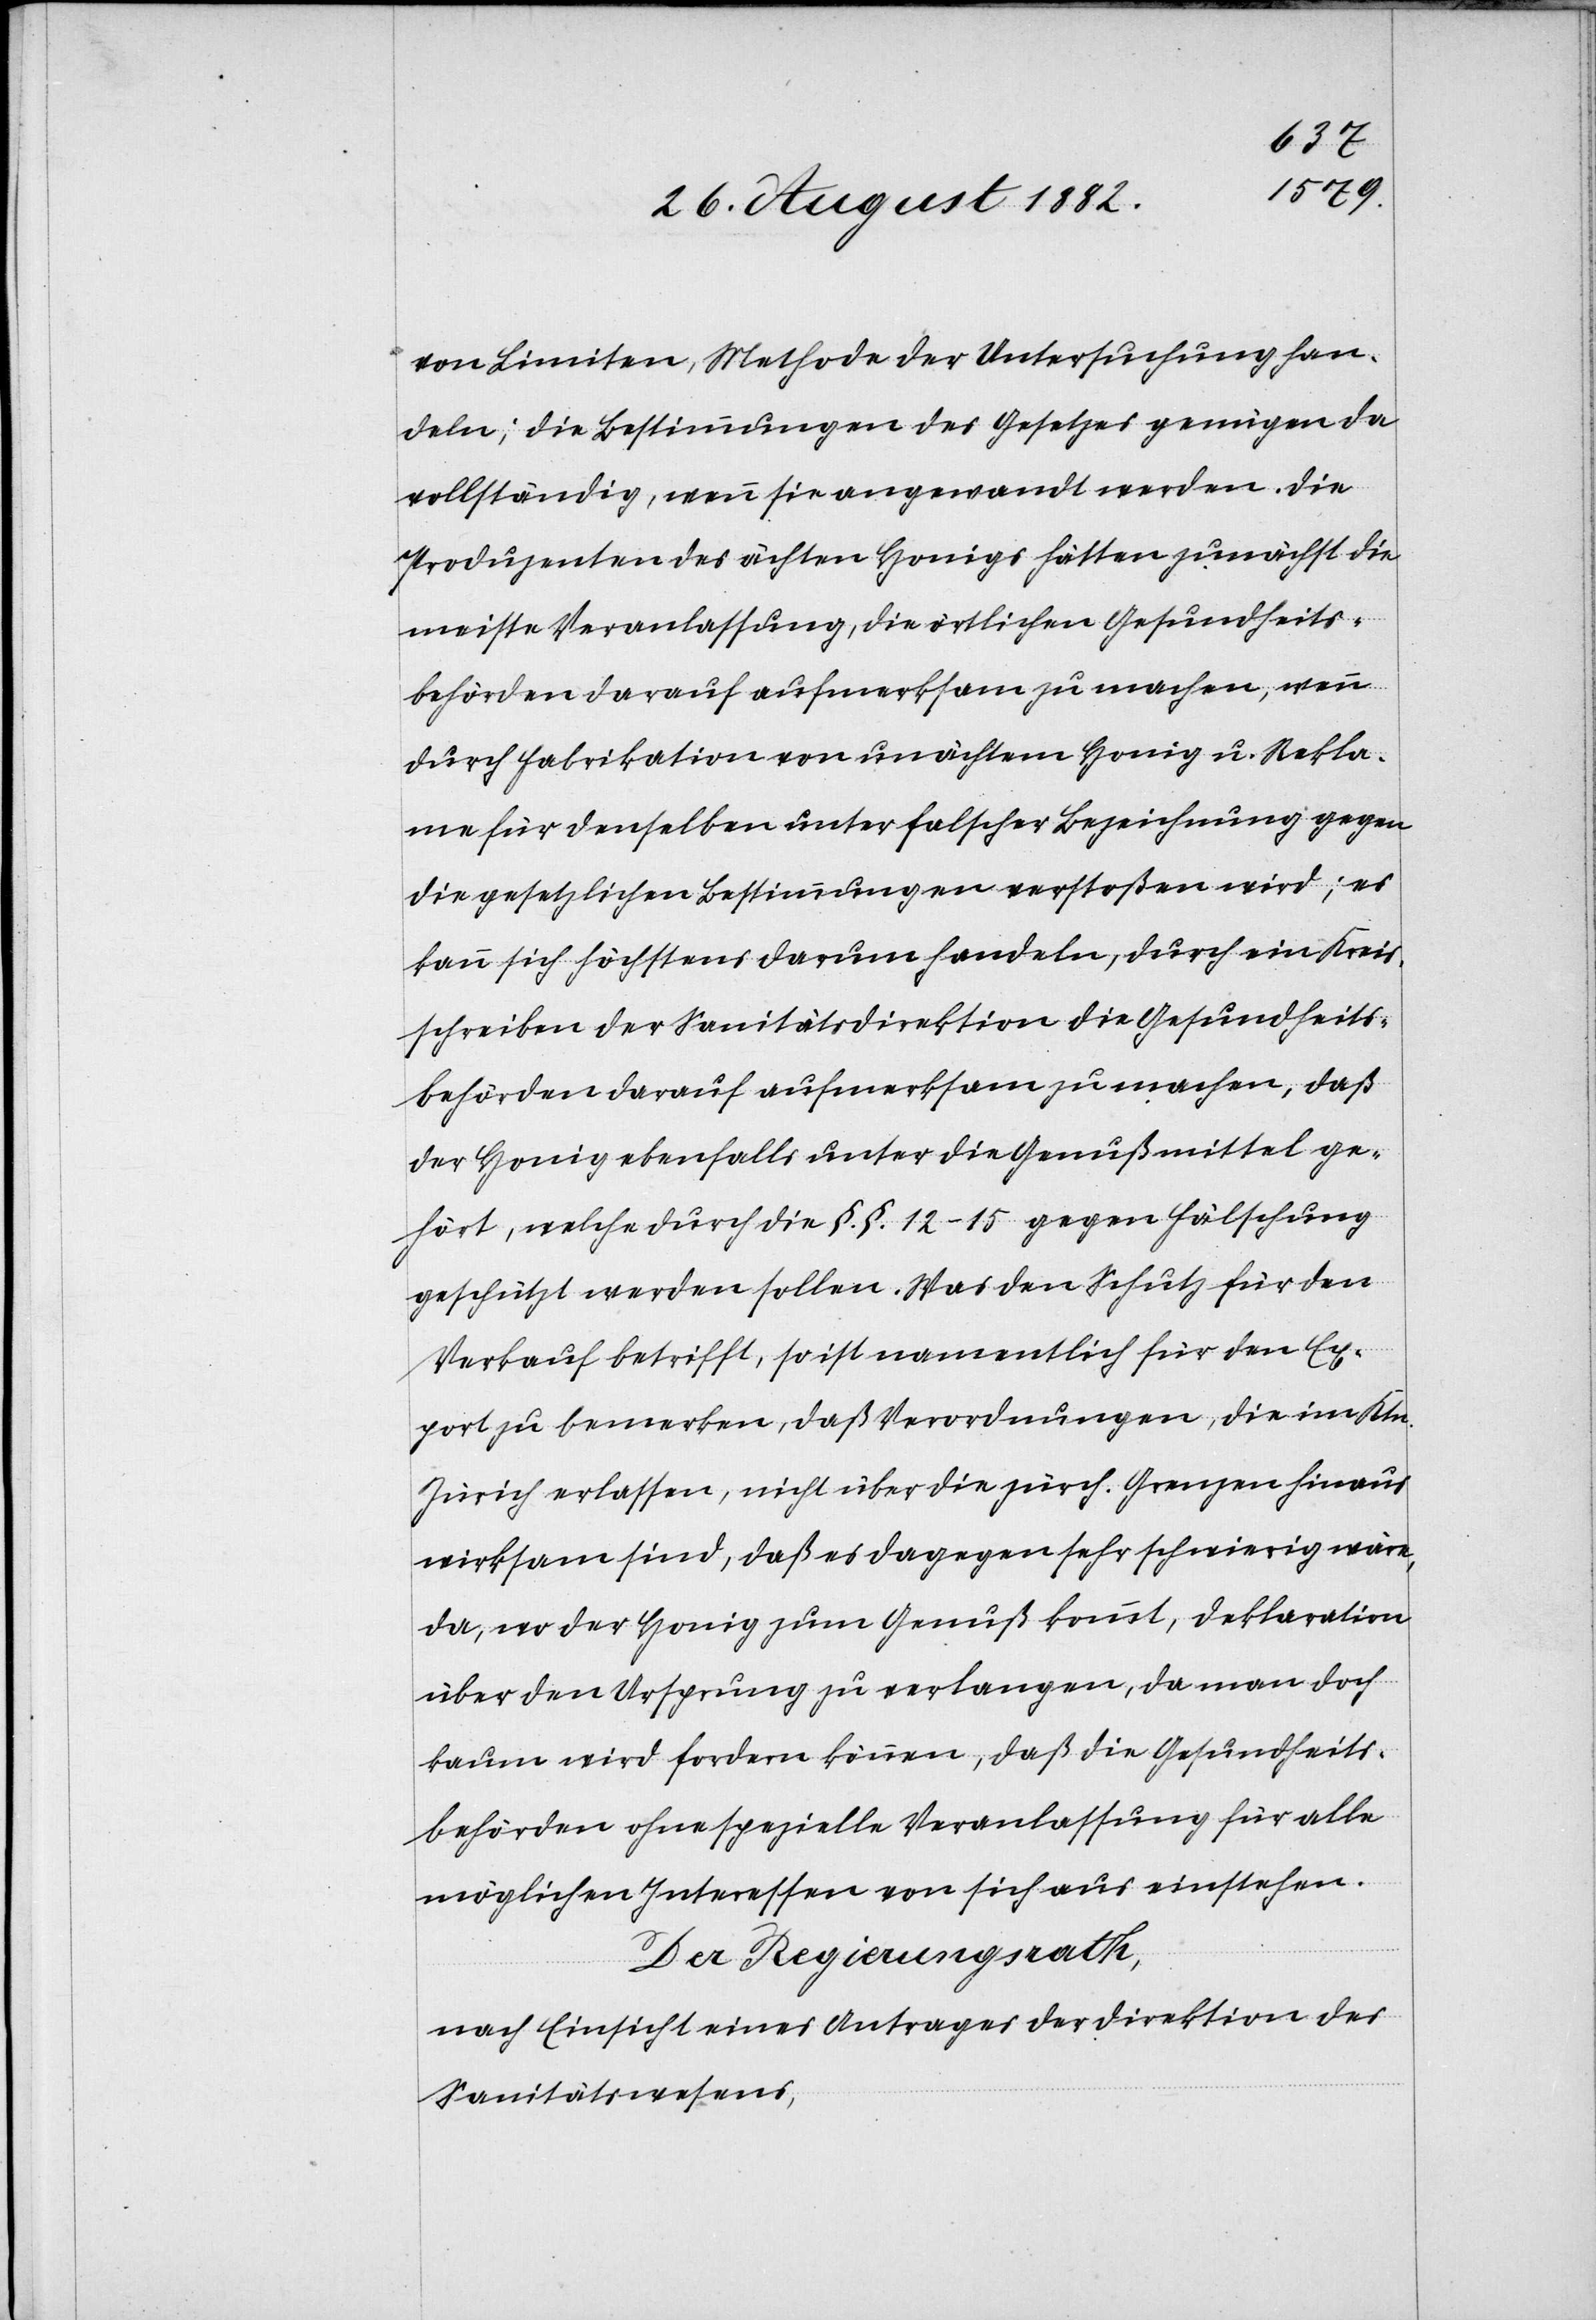
von Limiten, Methode der Untersuchung han¬
deln; die Bestimmungen des Gesetzes genügen da
vollständig, wenn sie angewendet werden. Die
Produzenten der ächten Honigs hätten zunächst die
meiste Veranlassung, die örtlichen Gesundheits¬
behörden darauf aufmerksam zu machen, wenn
durch Fabrikation von unächtem Honig u. Rekla¬
me für denselben unter falscher Bezeichnung gegen
die gesetzlichen Bestimmungen verstoßen wird; es
kann sich höchstens darum handeln, durch ein Kreis¬
schreiben der Sanitätsdirektion die Gesundheits¬
behörden darauf aufmerksam zu machen, daß
der Honig ebenfalls unter die Genußmittel ge¬
hört, welche durch die §. §. 12–15 gegen Fälschung
geschützt werden sollen. Was den Schutz für den
Verkauf betrifft, so ist namentlich für den Ex¬
port zu bemerken, daß Verordnungen, die im Ktn.
Zürich erlassen, nicht über die zürch. Grenzen hinaus
wirksam sind, daß es dagegen sehr schwierig wäre,
da, wo der Honig zum Genuß kommt, Deklaration
über den Ursprung zu verlangen, da man doch
kaum wird fordern können, daß die Gesundheits¬
behörden ohne spezielle Veranlassung für alle
möglichen Interessen von sich aus einstehen.
Der Regierungsrath,
nach Einsicht eines Antrages der Direktion des
Sanitätswesens,